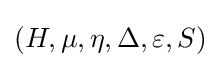
(H,\mu ,\eta ,\Delta ,\varepsilon ,S)